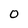
Character: 0